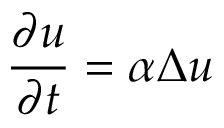
\frac { \partial u } { \partial t } = \alpha \Delta u